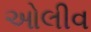
ઓલીવ